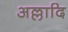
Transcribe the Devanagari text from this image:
अल्लादि